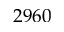
2 9 6 0